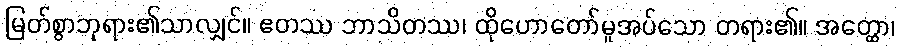
မြတ်စွာဘုရား၏သာလျှင်။ ဧတဿ ဘာသိတဿ၊ ထိုဟောတော်မူအပ်သော တရား၏။ အတ္ထော၊